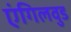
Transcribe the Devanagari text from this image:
एंगिलवुड